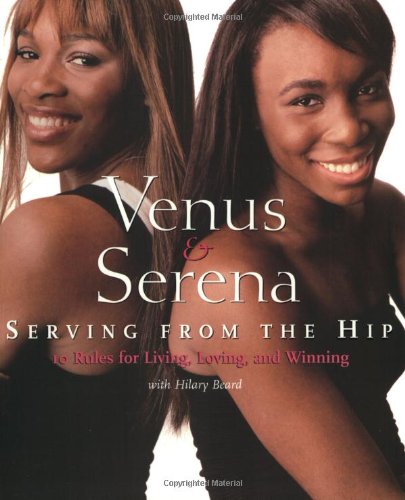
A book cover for Venus and Serena: Serving From The Hip: 10 Rules for Living, Loving, and Winning; Serena Williams; Teen & Young Adult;